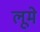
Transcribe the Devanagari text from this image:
लूमे